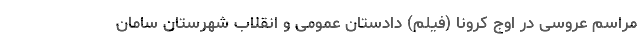
مراسم عروسی در اوج کرونا (فیلم) دادستان عمومی و انقلاب شهرستان سامان